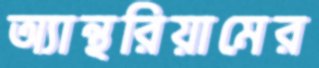
অ্যান্থরিয়ামের